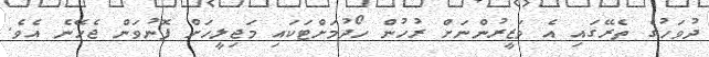
ދުވަހުގެ ތެރޭގައި އެ ވަޒީރުންނަށް ރުހުން ހޯދުމަށްޓަކައި މަޖިލީހަށް ފޮނުވަން ޖެހޭނެ އެވެ.